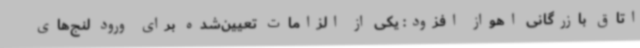
اتاق بازرگانی اهواز افزود: یکی از الزامات تعیین‌شده برای ورود لنج‌های